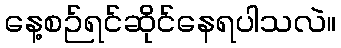
နေ့စဉ်ရင်ဆိုင်နေရပါသလဲ။